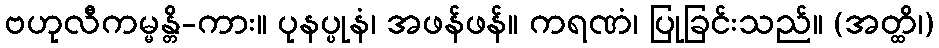
ဗဟုလီကမ္မန္တိ-ကား။ ပုနပ္ပုနံ၊ အဖန်ဖန်။ ကရဏံ၊ ပြုခြင်းသည်။ (အတ္ထိ၊)